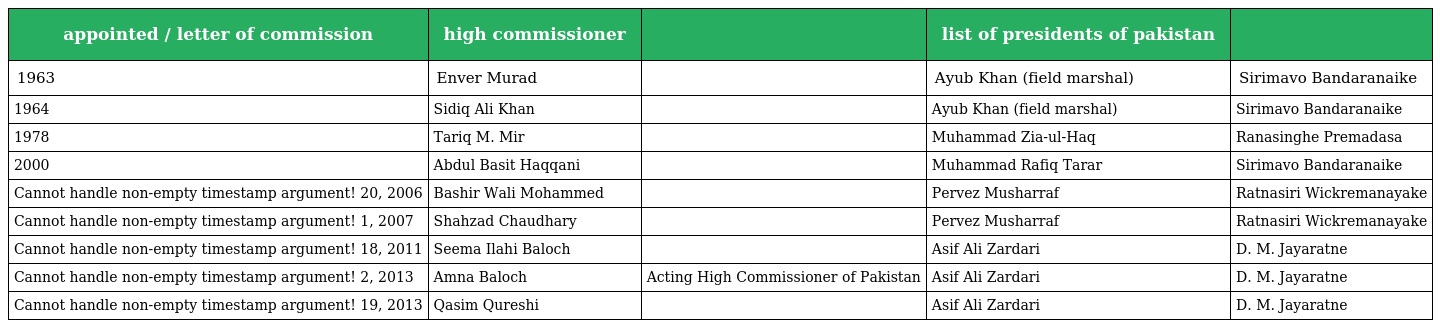
| appointed / letter of commission | high commissioner |  | list of presidents of pakistan |  |
 | --- | --- | --- | --- | --- |
 | 1963 | Enver Murad |  | Ayub Khan (field marshal) | Sirimavo Bandaranaike |
 | 1964 | Sidiq Ali Khan |  | Ayub Khan (field marshal) | Sirimavo Bandaranaike |
 | 1978 | Tariq M. Mir |  | Muhammad Zia-ul-Haq | Ranasinghe Premadasa |
 | 2000 | Abdul Basit Haqqani |  | Muhammad Rafiq Tarar | Sirimavo Bandaranaike |
 | Cannot handle non-empty timestamp argument! 20, 2006 | Bashir Wali Mohammed |  | Pervez Musharraf | Ratnasiri Wickremanayake |
 | Cannot handle non-empty timestamp argument! 1, 2007 | Shahzad Chaudhary |  | Pervez Musharraf | Ratnasiri Wickremanayake |
 | Cannot handle non-empty timestamp argument! 18, 2011 | Seema Ilahi Baloch |  | Asif Ali Zardari | D. M. Jayaratne |
 | Cannot handle non-empty timestamp argument! 2, 2013 | Amna Baloch | Acting High Commissioner of Pakistan | Asif Ali Zardari | D. M. Jayaratne |
 | Cannot handle non-empty timestamp argument! 19, 2013 | Qasim Qureshi |  | Asif Ali Zardari | D. M. Jayaratne |